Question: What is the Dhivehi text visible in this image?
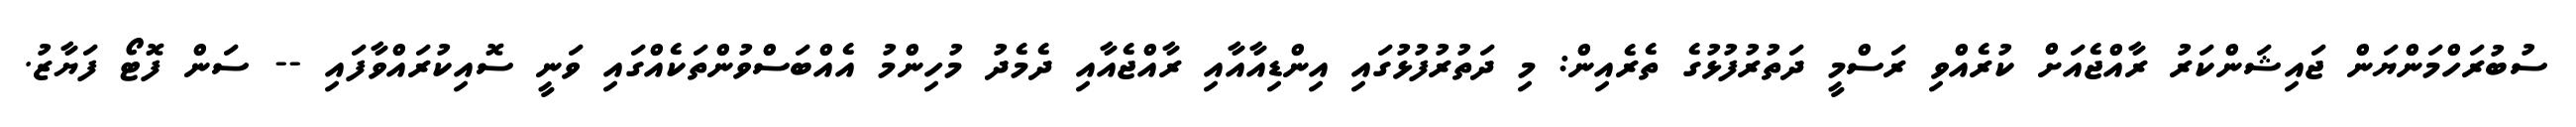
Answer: ސުބުރަހްމަންޔަން ޖައިޝަންކަރު ރާއްޖެއަށް ކުރެއްވި ރަސްމީ ދަތުރުފުޅުގެ ތެރެއިން: މި ދަތުރުފުޅުގައި އިންޑިއާއާއި ރާއްޖެއާއި ދެމެދު މުހިންމު އެއްބަސްވުންތަކެއްގައި ވަނީ ސޮއިކުރައްވާފައި -- ސަން ފޮޓޯ ފަޔާޒު.